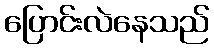
ပြောင်းလဲနေသည်